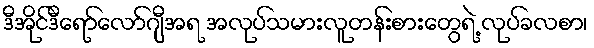
ဒီအိုင်ဒီရော်လော်ဂျီအရ အလုပ်သမားလူတန်းစားတွေရဲ့ လုပ်ခလစာ၊